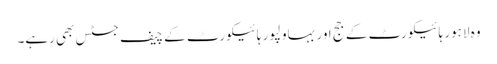
وہ لاہور ہائیکورٹ کے جج اور بہاولپور ہائیکورٹ کے چیف جسٹس بھی رہے۔